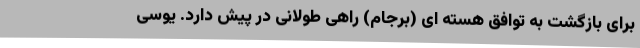
برای بازگشت به توافق هسته ای (برجام) راهی طولانی در پیش دارد. یوسی